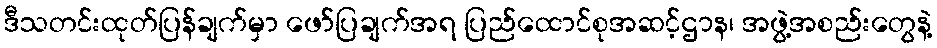
ဒီသတင်းထုတ်ပြန်ချက်မှာ ဖော်ပြချက်အရ ပြည်ထောင်စုအဆင့်ဌာန၊ အဖွဲ့အစည်းတွေနဲ့